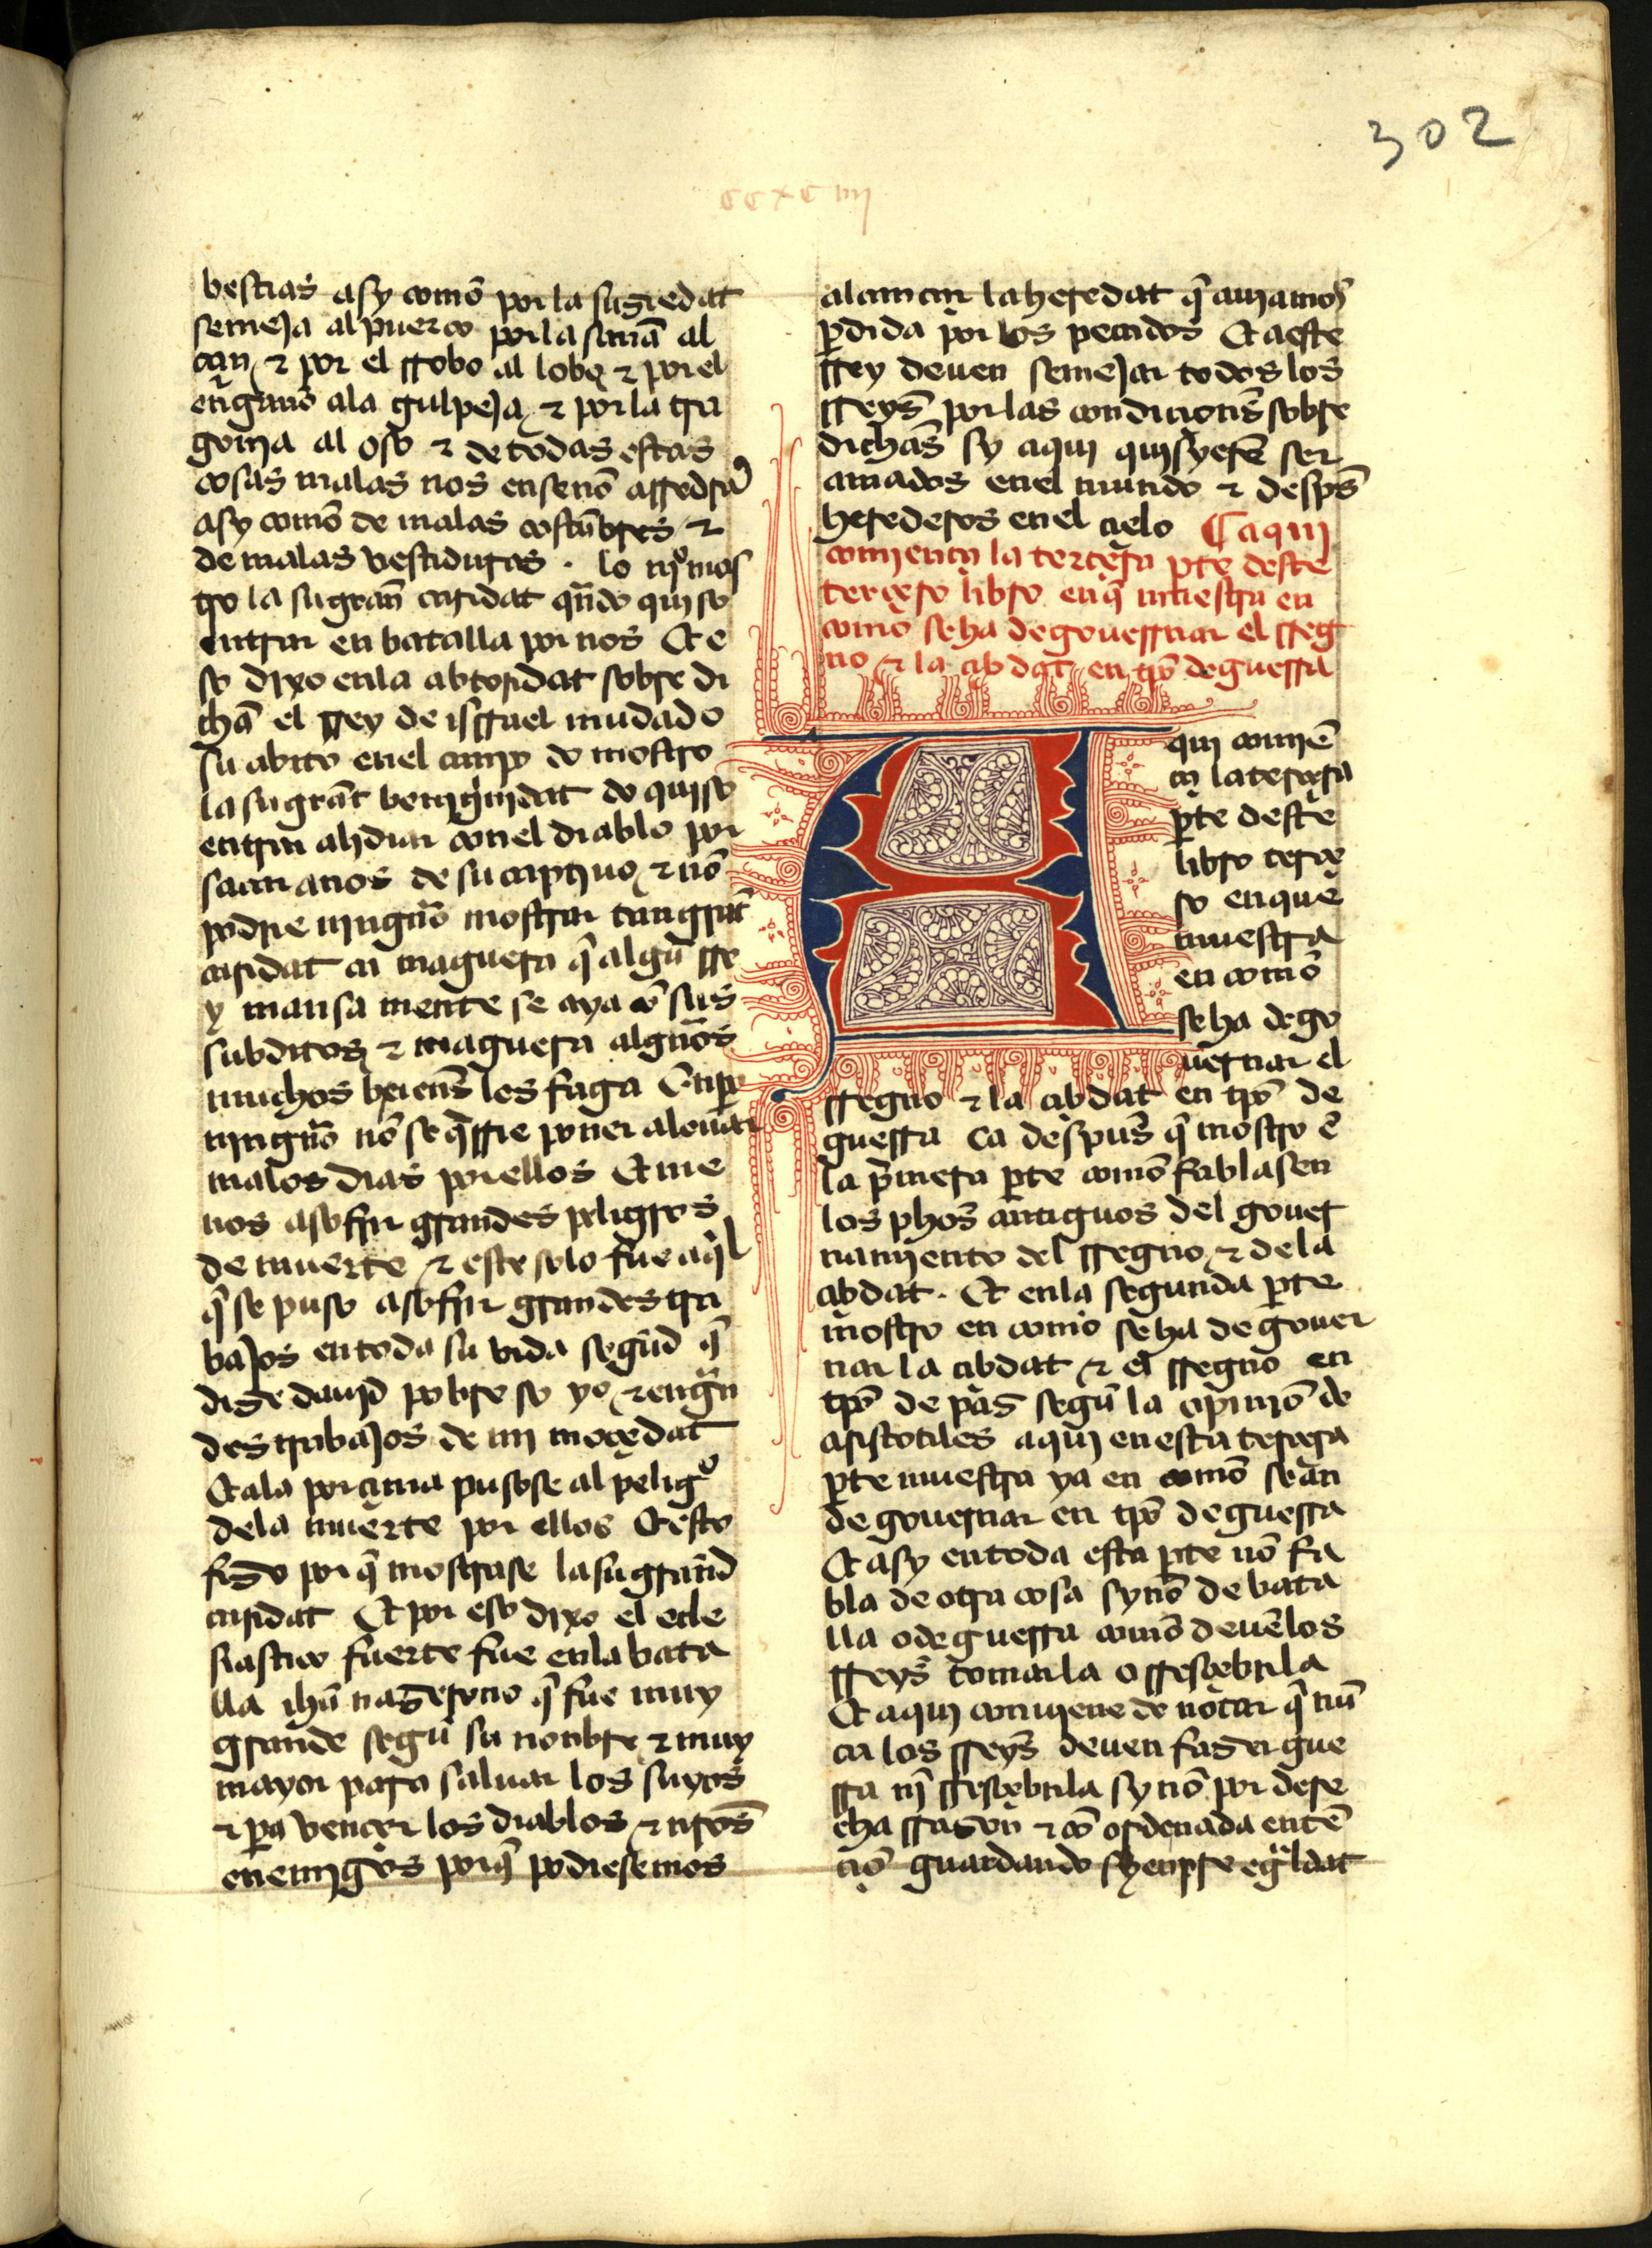
Shelfmark: Madrid, Instituto Valencia de don Juan, 2.6.I.5
Century: 15